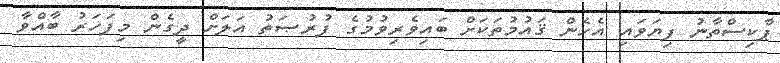
ޕާކިސްތާނު ފިޔަވައި އެހެން ޤައުމުތަކަށް ބައިވެރިވުމުގެ ފުރުޞަތު އަލަށް ދީގެން މިފަހަރު ބާއްވާ